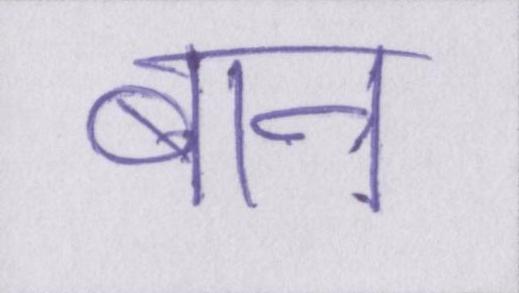
बान